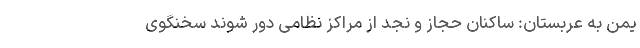
یمن به عربستان: ساکنان حجاز و نجد از مراکز نظامی دور شوند سخنگوی